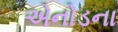
એનોડના